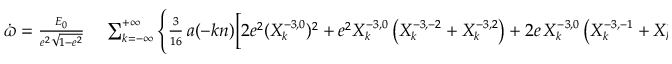
\small \begin{array} { r l } { \dot { \varpi } = \frac { { \cal E } _ { 0 } } { e ^ { 2 } \sqrt { 1 - e ^ { 2 } } } } & { { } \sum _ { k = - \infty } ^ { + \infty } \Bigg \{ \frac { 3 } { 1 6 } \, a ( - k n ) \bigg [ 2 e ^ { 2 } ( X _ { k } ^ { - 3 , 0 } ) ^ { 2 } + e ^ { 2 } X _ { k } ^ { - 3 , 0 } \left( X _ { k } ^ { - 3 , - 2 } + X _ { k } ^ { - 3 , 2 } \right) + 2 e \, X _ { k } ^ { - 3 , 0 } \left( X _ { k } ^ { - 3 , - 1 } + X _ { k } ^ { - 3 , 1 } \right) \bigg ] } \end{array}